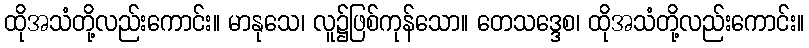
ထိုအသံတို့လည်းကောင်း။ မာနုသေ၊ လူ၌ဖြစ်ကုန်သော။ တေသဒ္ဒေစ၊ ထိုအသံတို့လည်းကောင်း။